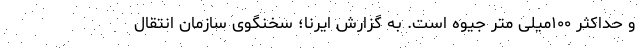
و حداکثر ۱۰۰میلی متر جیوه است. به گزارش ایرنا؛ سخنگوی سازمان انتقال